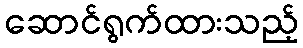
ဆောင်ရွက်ထားသည့်